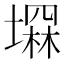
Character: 𡑕